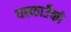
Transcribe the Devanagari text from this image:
यसठाउँको